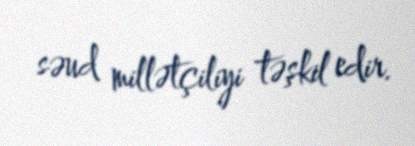
səud millətçiliyi təşkil edir.